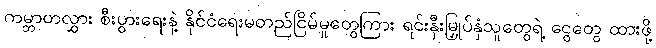
ကမ္ဘာတလွှား စီးပွားရေးနဲ့ နိုင်ငံရေးမတည်ငြိမ်မှုတွေကြား ရင်းနှီးမြှုပ်နှံသူတွေရဲ့ ငွေတွေ ထားဖို့